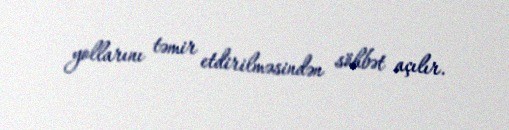
yollarını təmir etdirilməsindən söhbət açılır.